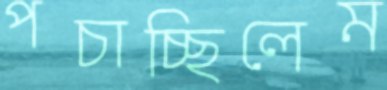
পচাচ্ছিলেম